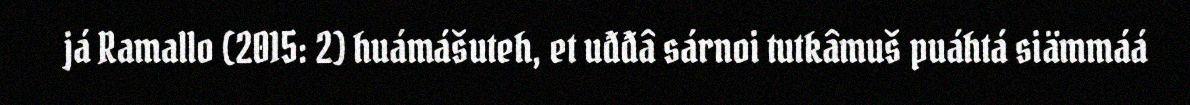
já Ramallo (2015: 2) huámášuteh, et uđđâ sárnoi tutkâmuš puáhtá siämmáá